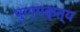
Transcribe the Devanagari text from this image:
पुण्यकृत्य